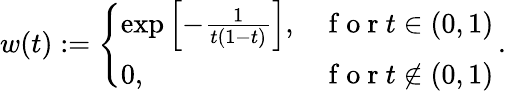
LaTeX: w(t):=\left\{ \begin{array}{ll}{\exp\left[-\frac{1}{t(1-t)}\right],}&{\mathrm{~f~o~r~}t\in(0,1)}\\ {0,}&{\mathrm{~f~o~r~}t\notin(0,1)}\end{array}\right.\, .